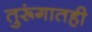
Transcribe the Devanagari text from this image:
तुरूंगातही